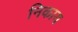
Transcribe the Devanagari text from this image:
निकाय